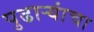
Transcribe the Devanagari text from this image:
पुढाऱ्यांचा